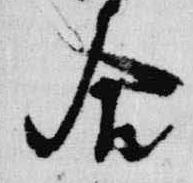
合